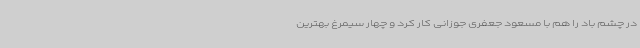
در چشم باد را هم با مسعود جعفری جوزانی کار کرد و چهار سیمرغ بهترین